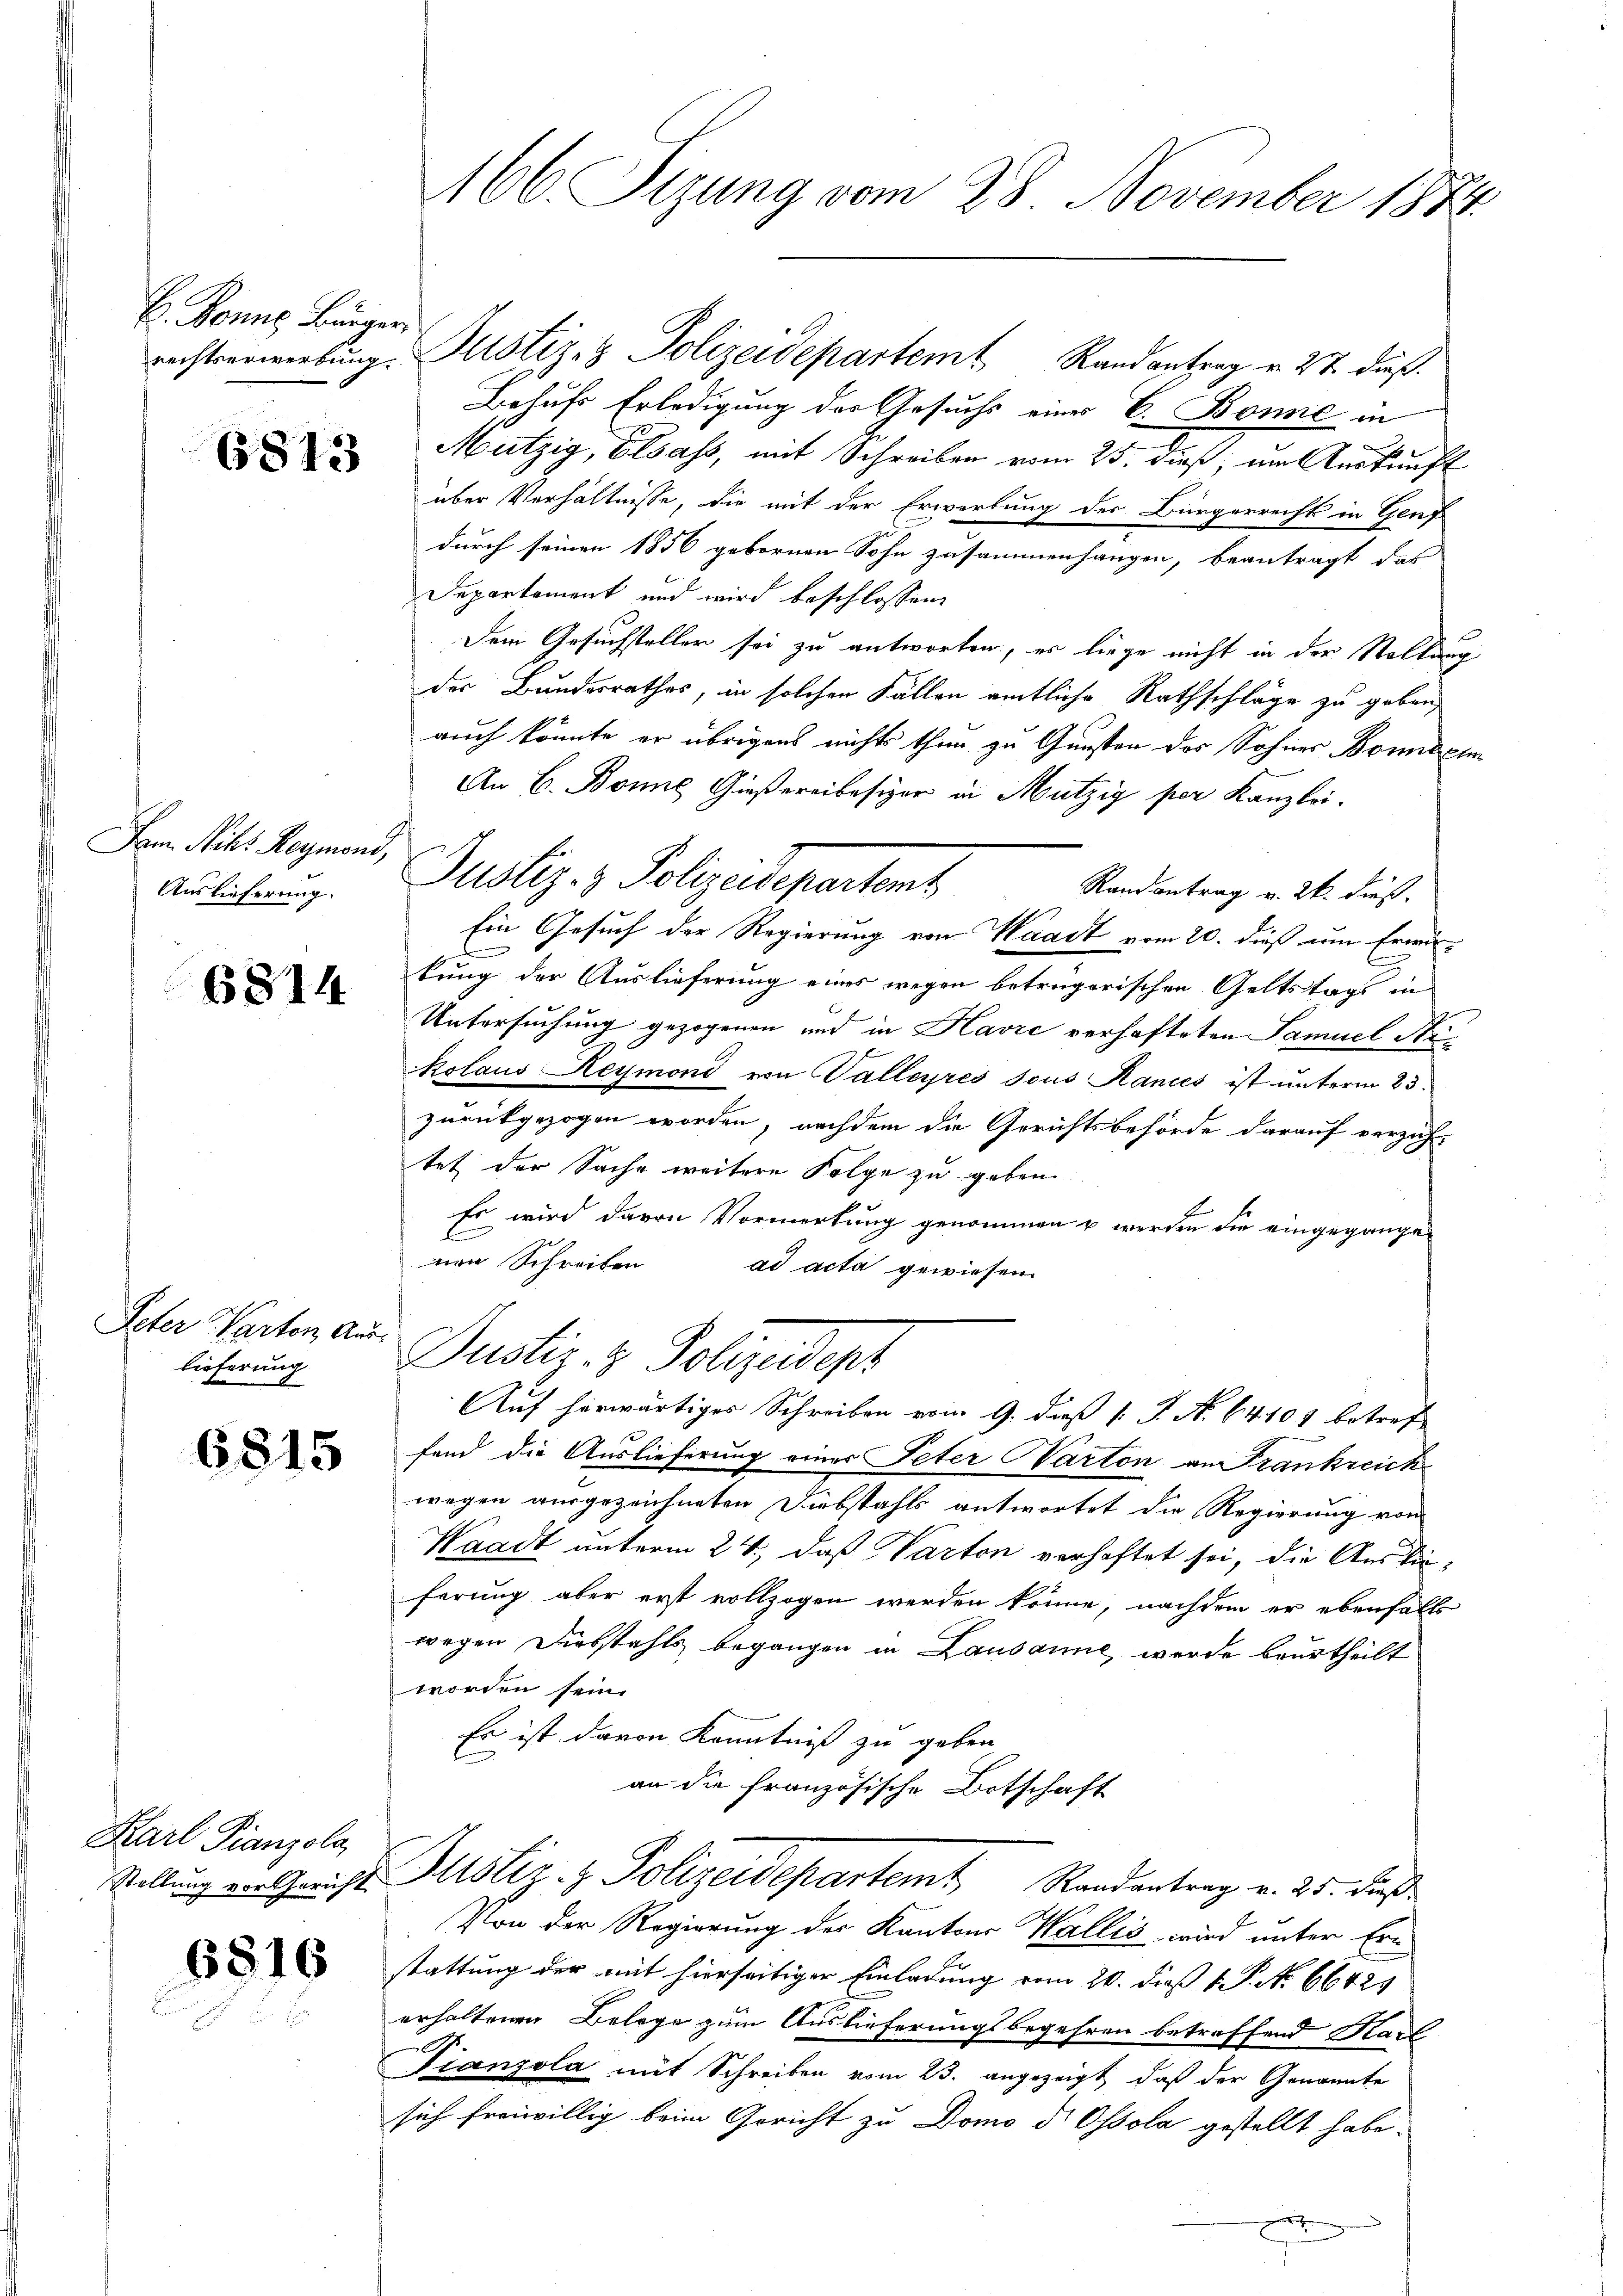
E. Bonne Bürger

6813

Dam Niks Reymond,
Auslieferung.

6814

Peter Warten Aus-
lieferung

6815

Karl Pianzola,

6816

166 Sizung vom 28. November 1874.

rechtserwerbung. Justiz- & Polizeidepartem Randantrag v. 27. dieß.
Behufs Erledigung der Gesuchs eines C. Bonne in
Mützig, Elsass, mit Schreiben vom 25. dieß, im Auskunft
über Verhältnisse, die mit der Erwerbung des Bürgerrecht in Genf
durch seinen 1856 gebornen Sohn zusammenhangen, beantragt das
Departement und wird beschlossen:
Dem Gesuchsteller sei zu antworten, es liege nicht in der Stellung
der Bundesrathes, in solchen Fällen amtliche Rathschläge zu geben,
auch könnte er übrigens nichts thun zu Gunsten des Sohnes Bonnden
An E. Bonie Gießereibesizer in Mützig per Kanzlei-
Randantrag v. 26. dieß.
Ein Gesuch der Regierung von Waadt vom 20. dieß zum Erwä-
kung der Auslieferung eines wegen betrügerischen Geltstags in
Untersuchung gezogenen und in Havre verhafteten Samuel Stikolaus Reymond von Walleyres sous Rances ist unterm 23.
zurückgezogen worden, nachdem die Gerichtsbehörde darauf verzich
tet der Sache weitere Folge zu geben.
Es wird davon Vormerkung genommen u werden die eingegangenen Schreiben
ad acta gewiesen.
Justiz- & Polizeident
Auf herwärtiges Schreiben vom 9. daß v. J. A. 64108 betreffand die Auslieferung einer Peter Parton an Frankreich
wegen ausgezeichneten Diebstahls antwortet die Regierung von
Waadt unterm 24., daß Varton verhaftet sei, die Auslieferung aber erst vollzogen werden könne, nachdem er ebenfalls
wegen Diebstahls begangen in Lausanne werde beurtheilt
worden sein.
Es ist davon Kenntniß zu geben
an die französische Botschaft
Stellung von Gericht. Altstiz- & Polizeidepartemt Randantrag v. 25. dieß
Von der Regierung des Kantons Wallis wird unter Erstattung der mit hierseitiger Einladung vom 20. dieß v. P. No 66425
erhaltenen Belege zum Auslieferungsbegehren betreffend Karl
Fianzola mit Schreiben vom 23. angezeigt, daß der Genannte
sich freiwillig beim Gericht zu Domo d Ossola gestellt habe.
.

Justiz- & Polizeidepartent